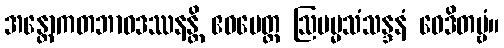
အန္တောကတဘာဝဒဿနန္တိ ဧဝမေတ္ထ ဩပမ္မသံသန္ဒနံ ဝေဒိတဗ္ဗံ။